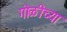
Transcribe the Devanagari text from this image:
गोळीच्या